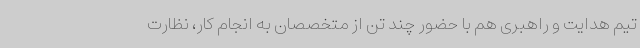
تیم هدایت و راهبری هم با حضور چند تن از متخصصان به انجام کار، نظارت